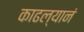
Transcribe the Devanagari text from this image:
काढल्यानं